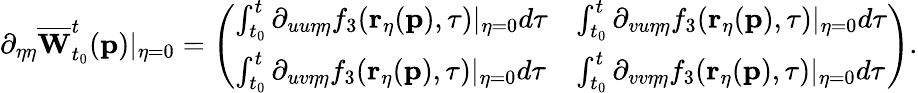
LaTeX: \partial_{\eta\eta}\overline{{\mathbf{W}}}_{t_{0}}^{t}(\mathbf{p})\vert_{\eta=0}=\left(\begin{array}{ll}{\int_{t_{0}}^{t}\partial_{uu\eta\eta}f_{3}(\mathbf{r}_{\eta}(\mathbf{p}),\tau)\vert_{\eta=0}d\tau}&{\int_{t_{0}}^{t}\partial_{vu\eta\eta}f_{3}(\mathbf{r}_{\eta}(\mathbf{p}),\tau)\vert_{\eta=0}d\tau}\\ {\int_{t_{0}}^{t}\partial_{uv\eta\eta}f_{3}(\mathbf{r}_{\eta}(\mathbf{p}),\tau)\vert_{\eta=0}d\tau}&{\int_{t_{0}}^{t}\partial_{vv\eta\eta}f_{3}(\mathbf{r}_{\eta}(\mathbf{p}),\tau)\vert_{\eta=0}d\tau}\end{array}\right).